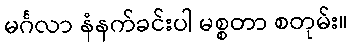
မင်္ဂလာ နံနက်ခင်းပါ မစ္စတာ စတုမ်း။